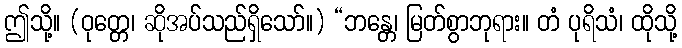
ဤသို့။ (ဝုတ္တေ၊ ဆိုအပ်သည်ရှိသော်။) “ဘန္တေ၊ မြတ်စွာဘုရား။ တံ ပုရိသံ၊ ထိုသို့